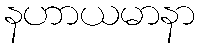
နဟာယမာနာ